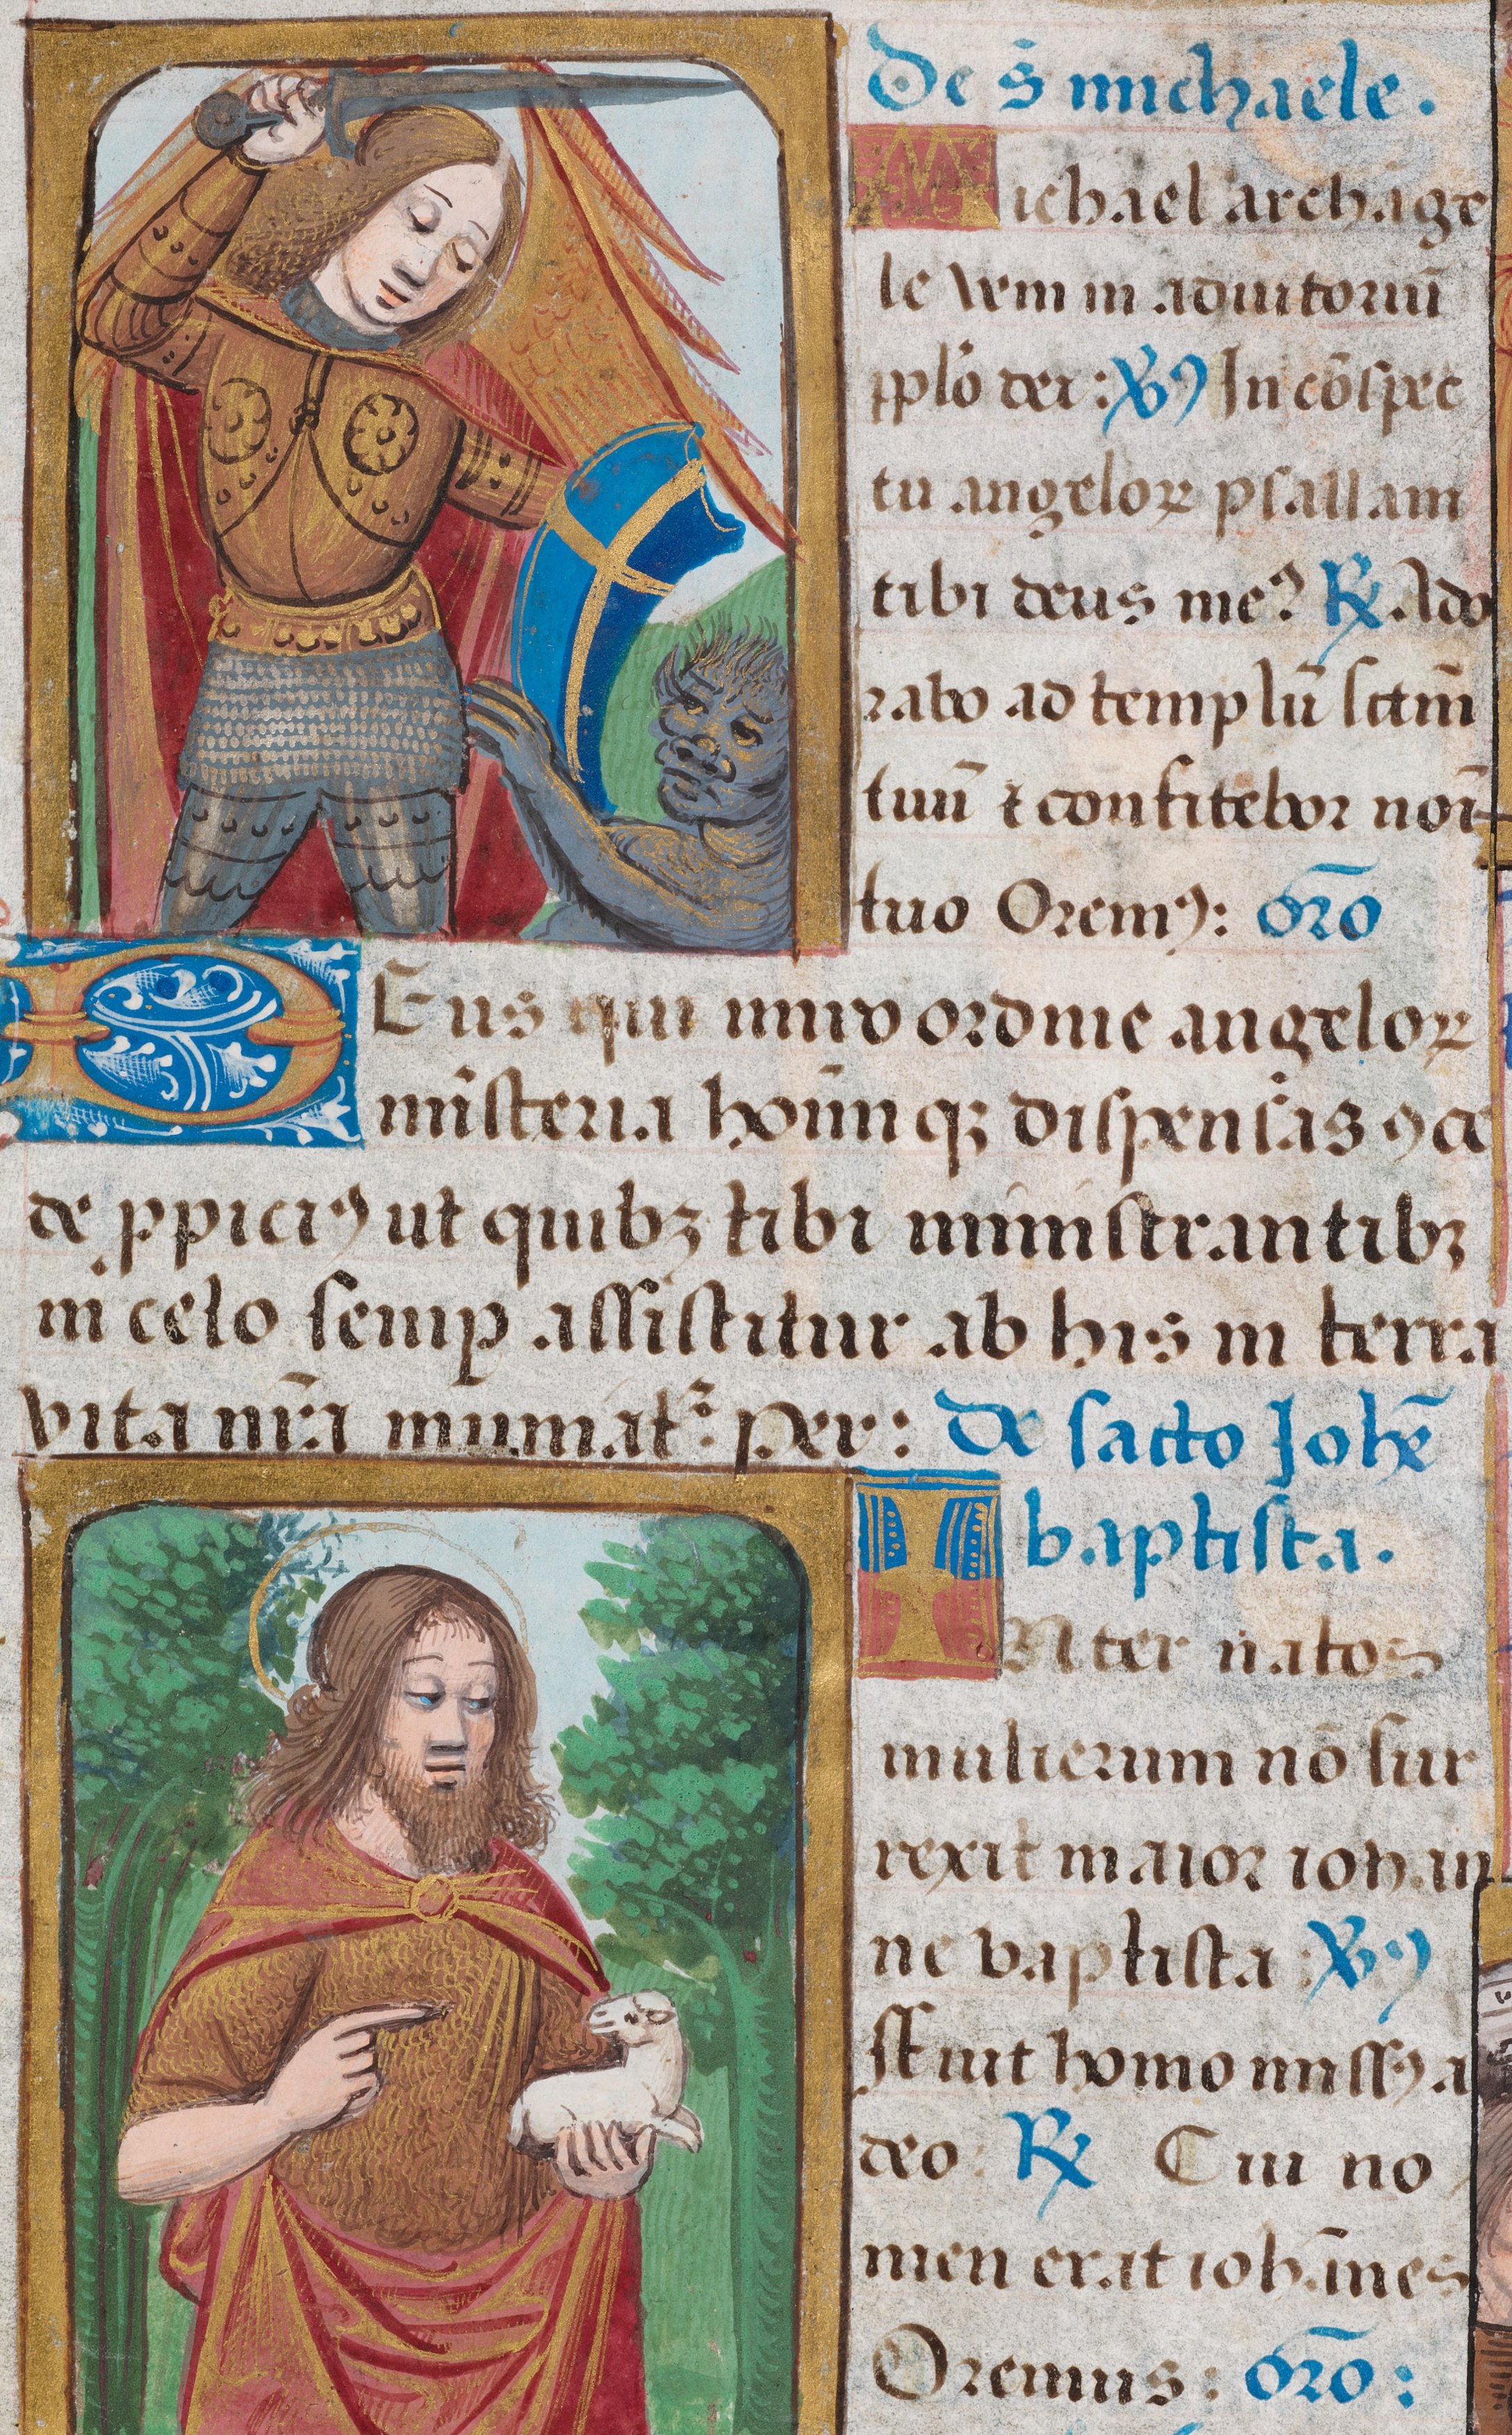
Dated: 1475–1505